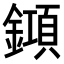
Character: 𨬰